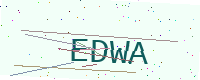
Text: EDWA